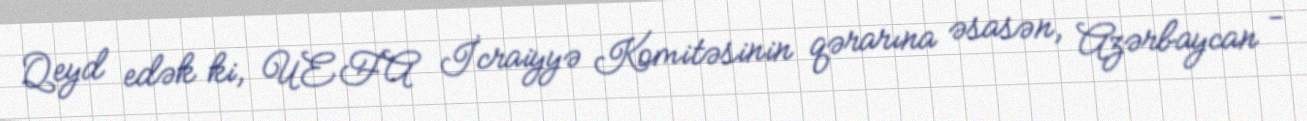
Qeyd edək ki, UEFA İcraiyyə Komitəsinin qərarına əsasən, Azərbaycan -